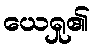
ယေရှု၏